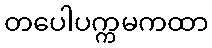
တပေါပက္ကမကထာ